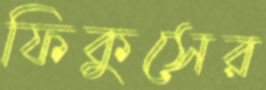
ফিকুসের